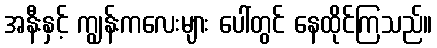
အနီးနှင့် ကျွန်းကလေးများ ပေါ်တွင် နေထိုင်ကြသည်။